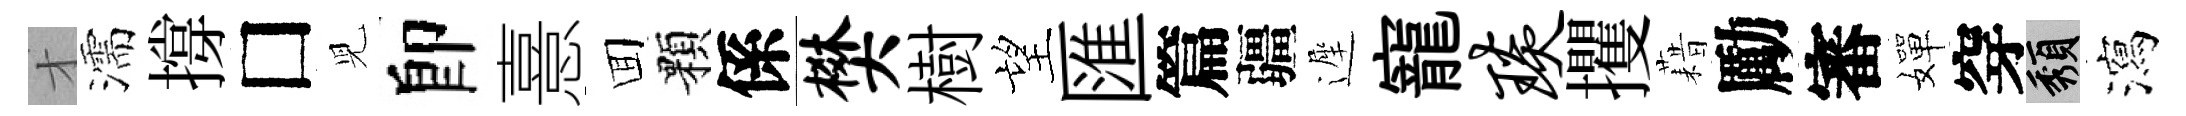
才濡撐□児卽憙囬顆係樊樹望匯篇疆遲寵琰攫藉勵審嬋穿頽瀉